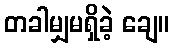
တခါမျှမရှိခဲ့ ချေ။